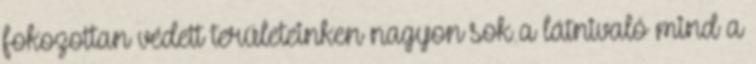
fokozottan védett területeinken nagyon sok a látnivaló mind a